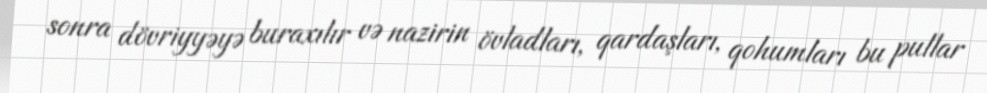
sonra dövriyyəyə buraxılır və nazirin övladları, qardaşları, qohumları bu pullar